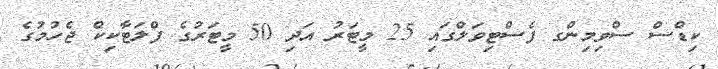
ކިޑްސް ސްވިމިންގ ފެސްޓިވަލްގައި 25 މީޓަރު އަދި 50 މީޓަރުގެ ފްލަޓާކިކް ޖެހުމުގެ